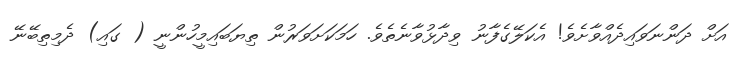
އަށް ދަންނަވައިދެއްވާށެވެ! އެކަލޭގެފާނު ވިދާޅުވާނެތެވެ. ހަމަކަށަވަރުން ތިޔަބައިމީހުންނީ ( ގައި) ދެމިތިބޭނޭ